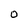
Character: O